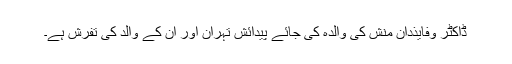
ڈاکٹر وفایذدان منش کی والدہ کی جائے پیدائش تہران اور ان کے والد کی تفرش ہے۔